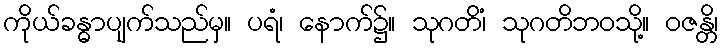
ကိုယ်ခန္ဓာပျက်သည်မှ။ ပရံ၊ နောက်၌။ သုဂတိံ၊ သုဂတိဘဝသို့။ ဝဇန္တိ၊